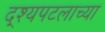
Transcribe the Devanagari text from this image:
द्श्यपटलाच्या